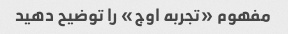
مفهوم «تجربه اوج» را توضیح دهید